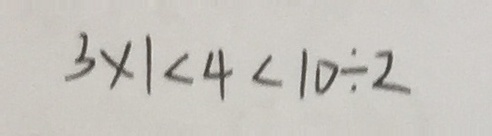
3 \times 1 < 4 < 1 0 \div 2